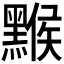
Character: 𪑻